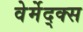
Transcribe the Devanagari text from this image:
वेर्मेद्क्स